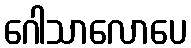
ဂေါသာလောပေ